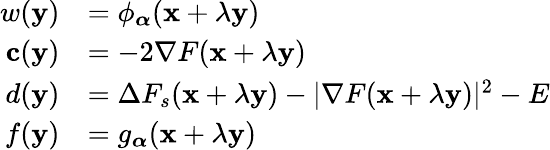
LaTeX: \begin{array}{rl}{w(\mathbf{y})}&{=\phi_{\boldsymbol{\alpha}}(\mathbf{x}+\lambda\mathbf{y})}\\ {\mathbf{c}(\mathbf{y})}&{=-2\nabla F(\mathbf{x}+\lambda\mathbf{y})}\\ {d(\mathbf{y})}&{=\Delta F_{s}(\mathbf{x}+\lambda\mathbf{y})-|\nabla F(\mathbf{x}+\lambda\mathbf{y})|^{2}-E}\\ {f(\mathbf{y})}&{=g_{\boldsymbol{\alpha}}(\mathbf{x}+\lambda\mathbf{y})}\end{array}